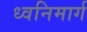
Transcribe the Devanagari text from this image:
ध्वनिमार्ग